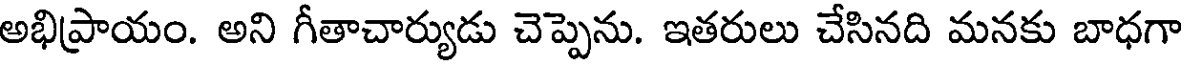
అభిప్రాయం. అని గీతాచార్యుడు చెప్పెను. ఇతరులు చేసినది మనకు బాధగా